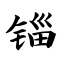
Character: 锱